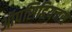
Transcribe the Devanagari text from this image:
ऑपसिडियनस